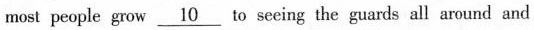
most people grow \underline{10} to seeing the guards all around and